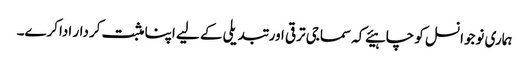
ہماری نوجوانسل کو چاہیئے کہ سماجی ترقی اور تبدیلی کے لیے اپنا مثبت کردار اداکرے۔